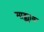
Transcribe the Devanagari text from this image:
माड्ड्याक